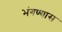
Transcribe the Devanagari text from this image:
भंगण्यास